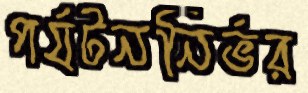
পর্যটননির্ভর